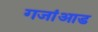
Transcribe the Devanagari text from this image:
गजांआड